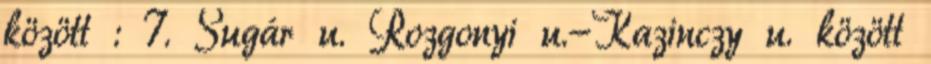
között : 7. Sugár u. Rozgonyi u.-Kazinczy u. között